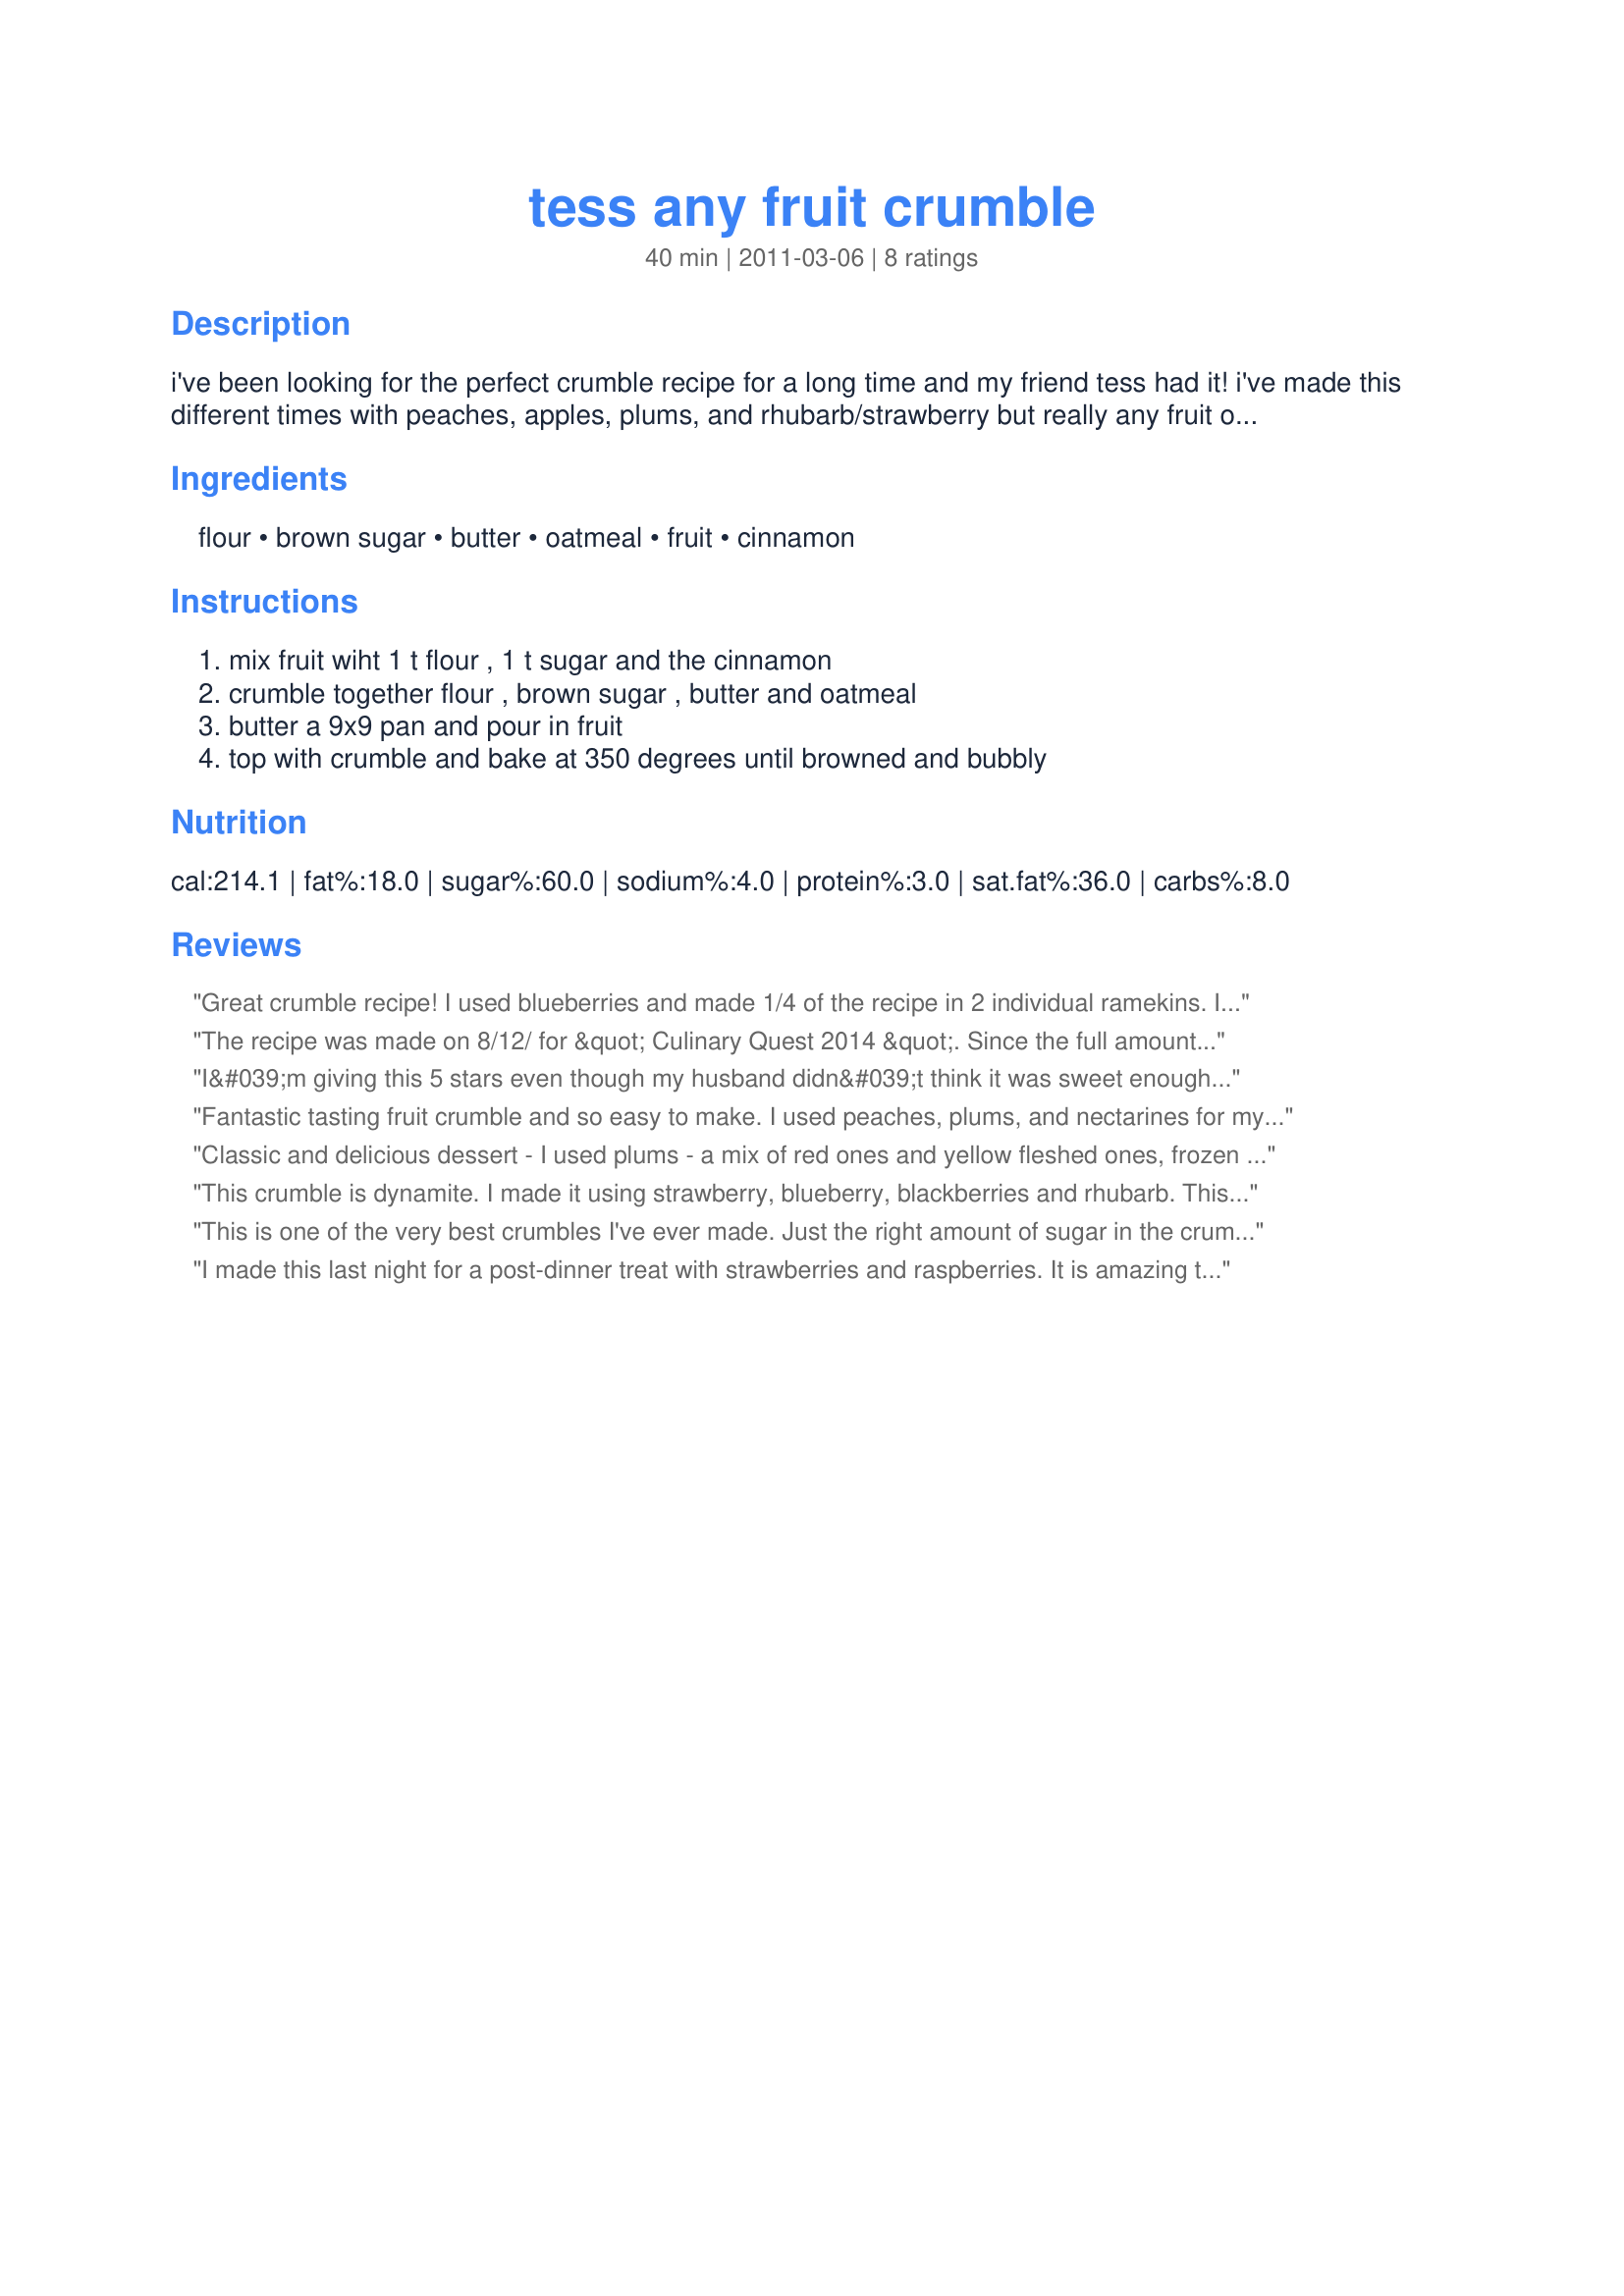
tess any fruit crumble
Preparation time: 40 minutes

i've been looking for the perfect crumble recipe for a long time and my friend tess had it! i've made this different times with peaches, apples, plums, and rhubarb/strawberry but really any fruit or berries will do. it is easy to change the serving size or make more fruity or more crumbly as long as the crumble ingredients remain equal parts.

Ingredients:
flour, brown sugar, butter, oatmeal, fruit, cinnamon

Steps:
mix fruit wiht 1 t flour , 1 t sugar and the cinnamon, crumble together flour , brown sugar , butter and oatmeal, butter a 9x9 pan and pour in fruit, top with crumble and bake at 350 degrees until browned and bubbly

Reviews:
Great crumble recipe! I used blueberries and made 1/4 of the recipe in 2 individual ramekins. I cooked them for about 20 minutes and ended up with hot bubbly berries and the perfect crumbly topping. Thanks for sharing the recipe! Made for ZWT8, Chefs gone WILD!
The recipe was made on 8/12/ for &quot; Culinary Quest 2014 &quot;. Since the full amount of the recipe wasn&#039;t needed the recipe was reduced by half. I used peaches for the fruit. After mixing everything together, I did a &quot; Quality Control &quot; taste was done. I felt that it wasn&#039;t sweet enough,so I added just a bit more brown sugar and it seemed to do the trick. I served this with a large scoop of vanilla ice cream it was so good. Thanks for posting and &quot; Keep Smiling :) &quot;
I&#039;m giving this 5 stars even though my husband didn&#039;t think it was sweet enough (aw, what does he know? I liked it). I made it with fresh peaches. It&#039;s incredibly easy--the hardest part was cutting up the fruit. A great dessert for summer when fresh fruit is in season. Thanks for posting!
Fantastic tasting fruit crumble and so easy to make. I used peaches, plums, and nectarines for my fruit and the combination was very good. Added a little more cinnamon since I love the flavor and we enjoyed for an early morning treat. Will make this again using apples and then blueberries. Made and reviewed for ZWT8 - 2012.
Classic and delicious dessert - I used plums - a mix of red ones and yellow fleshed ones, frozen from the summer. Made for ZWT8.
This crumble is dynamite. I made it using strawberry, blueberry, blackberries and rhubarb. This was awesome. The crumble was delicious, perfectly paired, loved the topping. It was so quick and easy to make. I made a quarter of the recipe and got two beautiful crumbles which I made in two medium size ramakins. Thanks for sharing this lovely recipe. Made for the Fearless Red Dragons - ZWT8 - Family Picks Round
This is one of the very best crumbles I've ever made. Just the right amount of sugar in the crumble, so that it doesn't overpower the fruit. DH commented "This is REALLY good", which trust me.....is a great compliment. lol The only change I made, was to increase the amount of fruit. I used Cortland apples, and filled the bowl 3/4 full before adding the topping. Thanks Alvina, for sharing Tess' recipe. Made for Fall PAC 2011
I made this last night for a post-dinner treat with strawberries and raspberries. It is amazing that making just a 1/4 of this recipe really does fit perfectly into 2 ramekins. I baked mine for 25 minutes and topped with whipped cream while still warm. Made for a very comforting delicious dessert!
